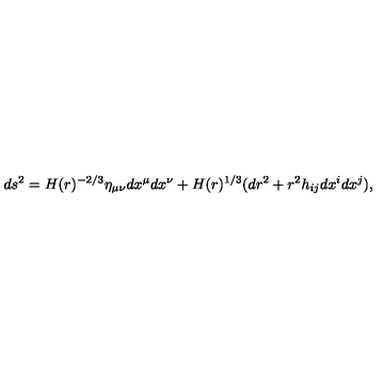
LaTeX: d s ^ { 2 } = H ( r ) ^ { - 2 / 3 } \eta _ { \mu \nu } d x ^ { \mu } d x ^ { \nu } + H ( r ) ^ { 1 / 3 } ( d r ^ { 2 } + r ^ { 2 } h _ { i j } d x ^ { i } d x ^ { j } ) ,